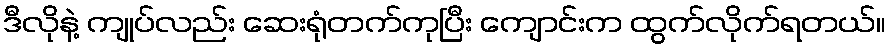
ဒီလိုနဲ့ ကျုပ်လည်း ဆေးရုံတက်ကုပြီး ကျောင်းက ထွက်လိုက်ရတယ်။